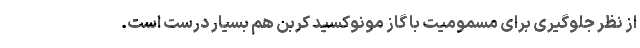
از نظر جلوگیری برای مسمومیت با گاز مونوکسید کربن هم بسیار درست است.